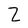
Character: Z